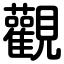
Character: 觀